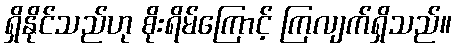
ရှိနိုင်သည်ဟု စိုးရိမ်ကြောင့် ကြလျက်ရှိသည်။